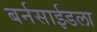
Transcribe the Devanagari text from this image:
बर्नसाईडला